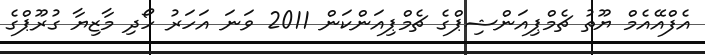
އެފްއޭއެމް ޔޫތު ޗެމްޕިއަންޝިޕްގެ ޗެމްޕިއަންކަން 2011 ވަނަ އަހަރު ހޯދި މާޒިޔާ ގުރޫޕްގެ